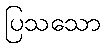
ပြသသော